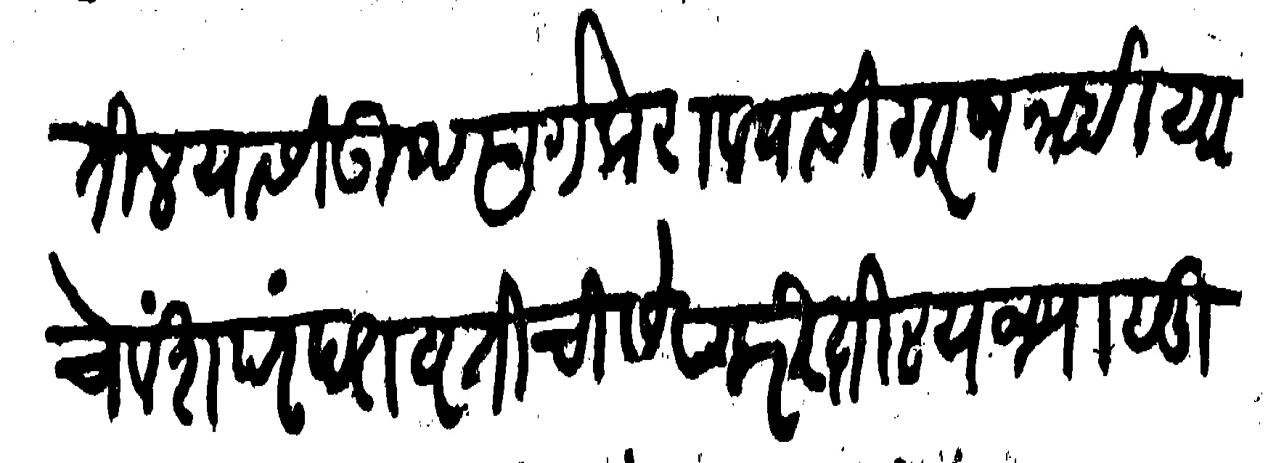
Transliteration (Devanagari): लावितील यासी उपस्वर्ग करावयासी गरज नाही याचे वंशपरंपरा वृतीची सेवा करितील याजपासून